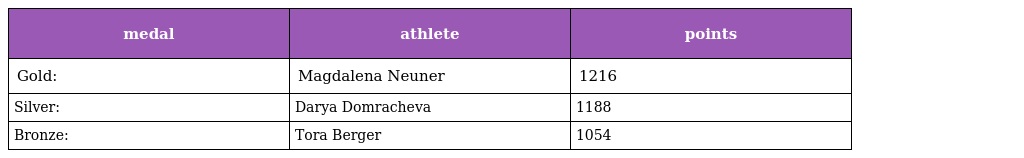
| medal | athlete | points |
 | --- | --- | --- |
 | Gold: | Magdalena Neuner | 1216 |
 | Silver: | Darya Domracheva | 1188 |
 | Bronze: | Tora Berger | 1054 |